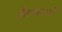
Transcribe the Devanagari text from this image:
शैलस्तरों